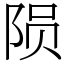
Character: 陨